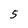
Character: 5